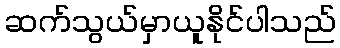
ဆက်သွယ်မှာယူနိုင်ပါသည်